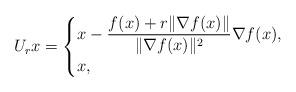
LaTeX: \begin{align*}U_rx = \begin{cases}\displaystyle x - \frac{f(x)+r\|\nabla f(x)\|}{\|\nabla f(x)\|^2}\nabla f(x), &\\x, &\end{cases}\end{align*}